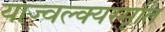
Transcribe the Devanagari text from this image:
याज्‍वल्क्यस्मृति